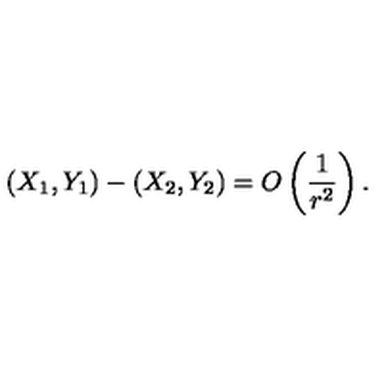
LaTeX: ( X _ { 1 } , Y _ { 1 } ) - ( X _ { 2 } , Y _ { 2 } ) = O \left( \frac { 1 } { r ^ { 2 } } \right) .